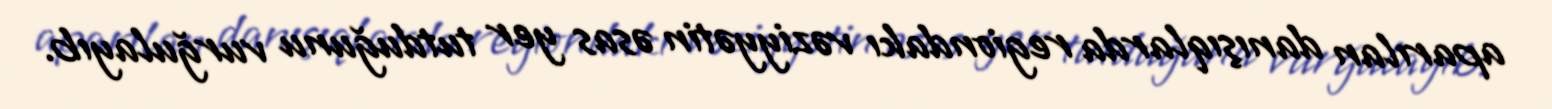
aparılan danışıqlarda regiondakı vəziyyətin əsas yer tutduğunu vurğulayıb.